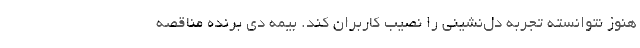
هنوز نتوانسته تجربه دل‌نشینی را نصیب کاربران کند. بیمه دی برنده مناقصه